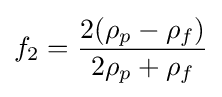
{f_{2}}={{2({\rho _{p}}-{\rho _{f}})} \over {2{\rho _{p}}+{\rho _{f}}}}